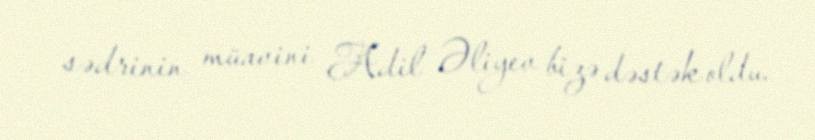
sədrinin müavini Adil Əliyev bizə dəstək oldu.